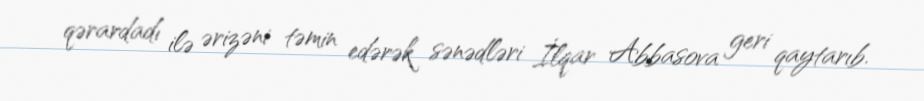
qərardadı ilə ərizəni təmin edərək sənədləri İlqar Abbasova geri qaytarıb.